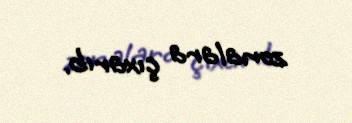
zonalara çıxarıb.